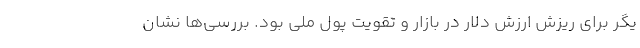
یگر برای ریزش ارزش دلار در بازار و تقویت پول ملی بود. بررسی‌ها نشان